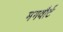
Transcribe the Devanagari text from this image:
मगवौर्ट